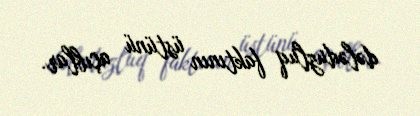
dələduzluq faktının üstünü açıblar.